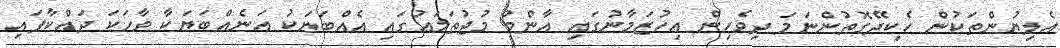
އެލިޔުންތަކުން ހެކިދޭގޮތުންނަމަ ދިވެހިން އިހުޒަމާނުގައި އާންމު މުޖުތަމަޢުގައި އެއްބަޔަކު އަނެއްބަޔަކާ ވާހަކަ ދައްކާފައި